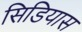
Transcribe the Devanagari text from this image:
सिडियास